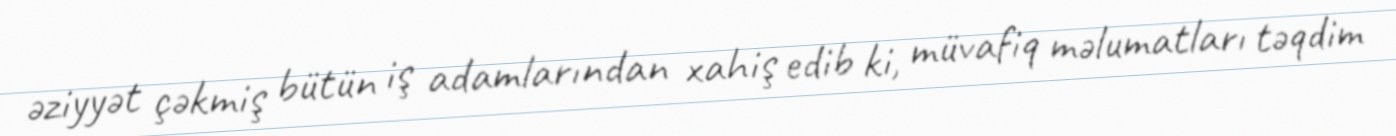
əziyyət çəkmiş bütün iş adamlarından xahiş edib ki, müvafiq məlumatları təqdim